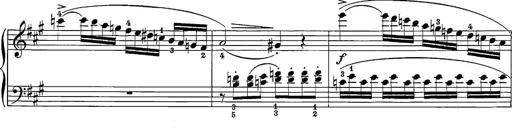
Title: 12 Sonatine per Pianoforte
Composer: Friedrich Kuhlau